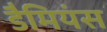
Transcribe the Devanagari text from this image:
डैमियंस